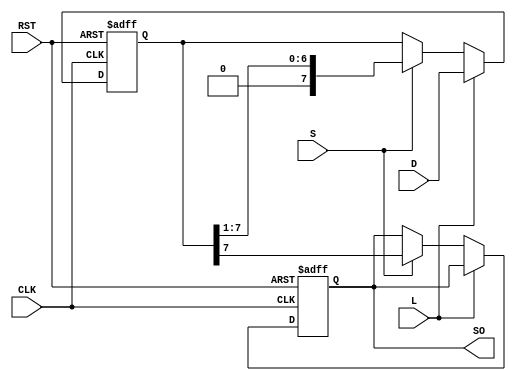
module PISO_Register #(
    parameter n = 8  // Parameter for the number of bits in the register
)(
    input wire [n-1:0] D,      // Parallel data input
    input wire L,              // Load control signal
    input wire S,              // Shift control signal
    input wire CLK,            // Clock signal
    input wire RST,            // Asynchronous reset signal
    output reg SO              // Serial output
);

    // Internal register to hold the data
    reg [n-1:0] shift_reg;

    always @(posedge CLK or posedge RST) begin
        if (RST) begin
            // Asynchronous reset: clear the shift register
            shift_reg <= {n{1'b0}};
            SO <= 1'b0;  // Reset serial output
        end else if (L) begin
            // Load operation: load data into the shift register
            shift_reg <= D;
        end else if (S) begin
            // Shift operation: shift data out serially
            SO <= shift_reg[n-1]; // Output the MSB (first bit)
            shift_reg <= {1'b0, shift_reg[n-1:1]}; // Shift right
        end
    end

endmodule